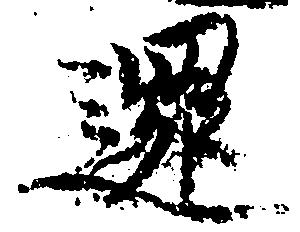
還